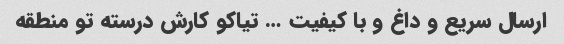
ارسال سریع و داغ و با کیفیت … تیاکو کارش درسته تو منطقه